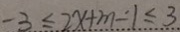
- 3 \leq 2 x + m - 1 \leq 3